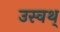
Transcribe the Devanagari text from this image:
उस्वथ्